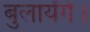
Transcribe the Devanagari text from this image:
बुलायेंगे।